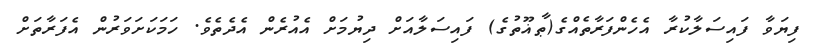
ފިޔަވާ ފައިސަލާކުރާ އެހެންފަރާތެއްގެ(ޠާޣޫތުގެ) ފައިސަލާއަށް ދިޔުމަށް އެއުރެން އެދެތެވެ. ހަމަކަށަވަރުން އެފަރާތަށް